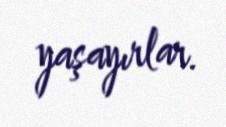
yaşayırlar.